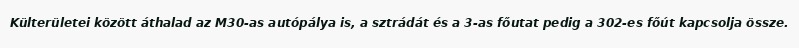
Külterületei között áthalad az M30-as autópálya is, a sztrádát és a 3-as főutat pedig a 302-es főút kapcsolja össze.